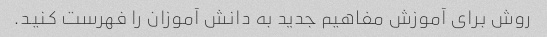
روش برای آموزش مفاهیم جدید به دانش آموزان را فهرست کنید.